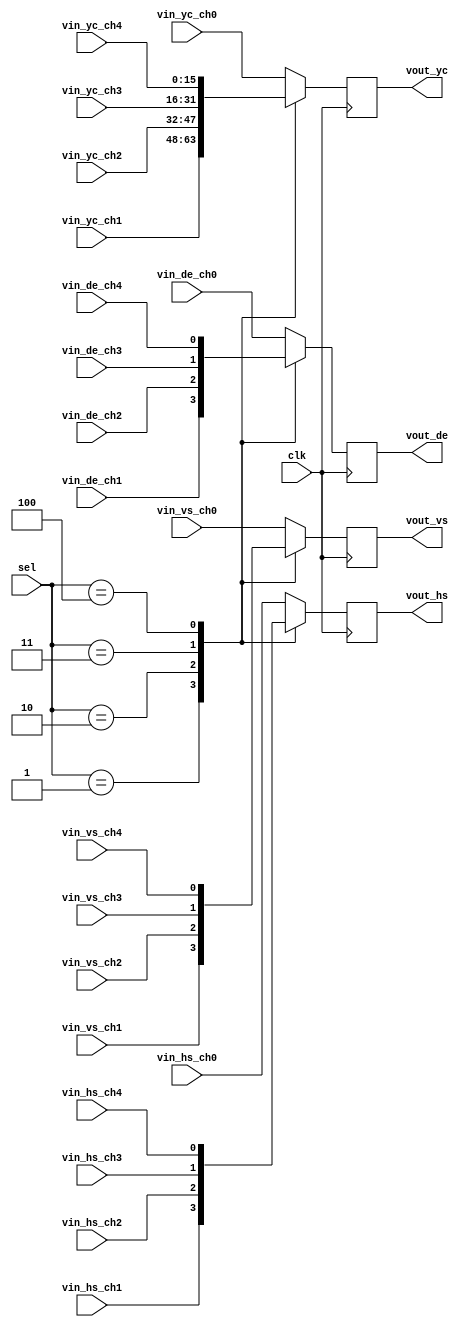
module video_mux(
	input clk,
	input[2:0] sel,
	input vin_vs_ch0,
	input vin_hs_ch0,
	input vin_de_ch0,
	input[15:0] vin_yc_ch0,
	
	input vin_vs_ch1,
	input vin_hs_ch1,
	input vin_de_ch1,
	input[15:0] vin_yc_ch1,

	input vin_vs_ch2,
	input vin_hs_ch2,
	input vin_de_ch2,
	input[15:0] vin_yc_ch2,

	input vin_vs_ch3,
	input vin_hs_ch3,
	input vin_de_ch3,
	input[15:0] vin_yc_ch3,

	input vin_vs_ch4,
	input vin_hs_ch4,
	input vin_de_ch4,
	input[15:0] vin_yc_ch4,
	
	output reg vout_vs,
	output reg vout_hs,
	output reg vout_de,
	output reg[15:0] vout_yc
);
always@(posedge clk)
begin
	case(sel)
		3'd0:
			begin
				vout_vs <= vin_vs_ch0;
				vout_hs <= vin_hs_ch0;
				vout_de <= vin_de_ch0;
				vout_yc <= vin_yc_ch0;
			end
		3'd1:
			begin
				vout_vs <= vin_vs_ch1;
				vout_hs <= vin_hs_ch1;
				vout_de <= vin_de_ch1;
				vout_yc <= vin_yc_ch1;
			end	
		3'd2:
			begin
				vout_vs <= vin_vs_ch2;
				vout_hs <= vin_hs_ch2;
				vout_de <= vin_de_ch2;
				vout_yc <= vin_yc_ch2;
			end	
		3'd3:
			begin
				vout_vs <= vin_vs_ch3;
				vout_hs <= vin_hs_ch3;
				vout_de <= vin_de_ch3;
				vout_yc <= vin_yc_ch3;
			end
		3'd4:
			begin
				vout_vs <= vin_vs_ch4;
				vout_hs <= vin_hs_ch4;
				vout_de <= vin_de_ch4;
				vout_yc <= vin_yc_ch4;
			end
		default:
			begin
				vout_vs <= vin_vs_ch0;
				vout_hs <= vin_hs_ch0;
				vout_de <= vin_de_ch0;
				vout_yc <= vin_yc_ch0;
			end			
	endcase
end

endmodule